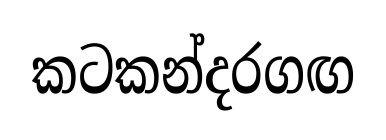
කටකන්දරගඟ